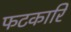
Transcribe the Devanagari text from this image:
फटकारि